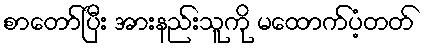
စာတော်ပြီး အားနည်းသူကို မထောက်ပံ့တတ်